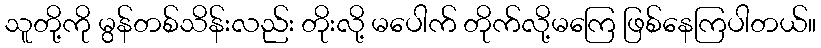
သူတို့ကို မွန်တစ်သိန်းလည်း တိုးလို့ မပေါက် တိုက်လို့မကြေ ဖြစ်နေကြပါတယ်။